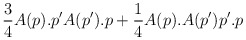
\begin{align*}\frac{3}{4}A(p).p'A(p').p + \frac{1}{4}A(p).A(p')p'.p\end{align*}